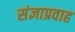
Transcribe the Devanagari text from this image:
संज्ञाप्रवाह